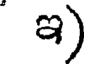
ఇ)